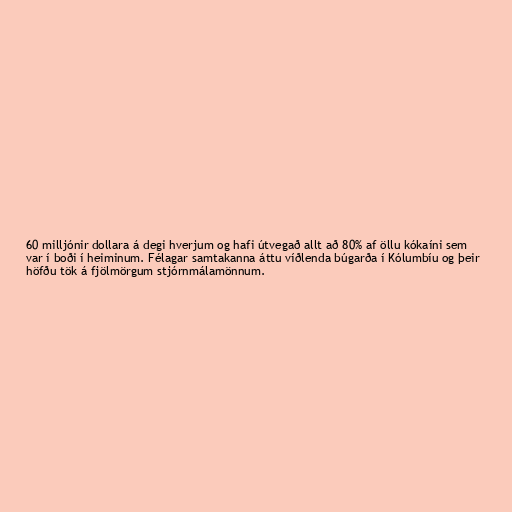
60 milljónir dollara á degi hverjum og hafi útvegað allt að 80% af öllu kókaíni sem
var í boði í heiminum. Félagar samtakanna áttu víðlenda búgarða í Kólumbíu og þeir
höfðu tök á fjölmörgum stjórnmálamönnum.